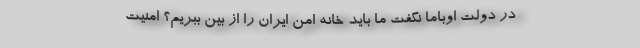
در دولت اوباما نگفت ما باید خانه امن ایران را از بین ببریم؟ امنیت